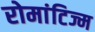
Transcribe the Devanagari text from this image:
रोमांटिज्म